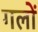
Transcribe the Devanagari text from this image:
गलों